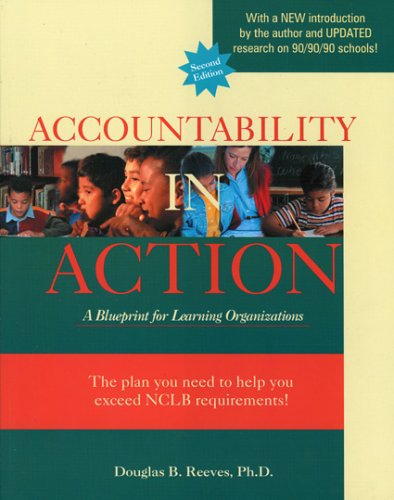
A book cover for Accountability in Action: A Blueprint for Learning Organizations; Doublas B. Reeves; Education & Teaching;